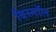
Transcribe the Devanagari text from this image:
बिस्मॉल